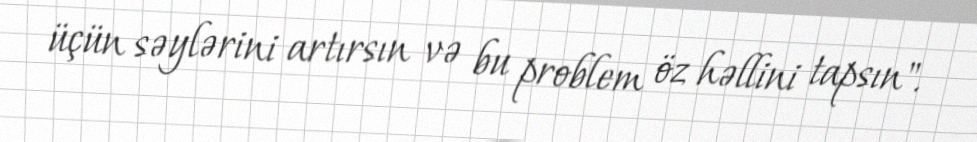
üçün səylərini artırsın və bu problem öz həllini tapsın".